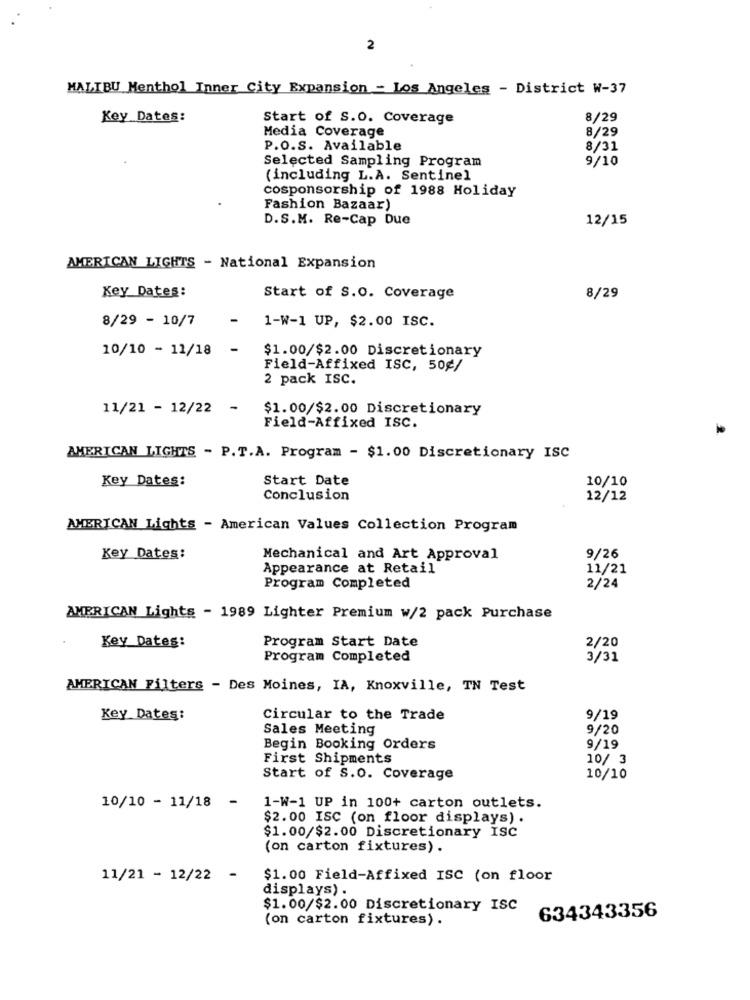
2
MALIBU Menthol Inner City Expansion - Los Angeles - District W-37
Key Dates:
Start of S.O. Coverage
8/29
8/29
Media Coverage
P.O.S. Available
8/31
Selected Sampling Program
9/10
(including L.A. Sentinel
cosponsorship of 1988 Holiday
Fashion Bazaar)
D.S.M. Re-Cap Due
12/15
AMERICAN LIGHTS - National Expansion
Key Dates:
Start of S.O. Coverage
8/29
8/29 - 10/7
-
1-W-1 UP, $2.00 ISC.
10/10 - 11/18
-
$1.00/$2.00 Discretionary
Field-Affixed ISC, 50¢/
2 pack ISC.
11/21 - 12/22
-
$1.00/$2.00 Discretionary
Field-Affixed ISC.
AMERICAN LIGHTS - P. T.A. Program - $1.00 Discretionary ISC
Key Dates:
Start Date
10/10
Conclusion
12/12
AMERICAN Lights - American Values Collection Program
Key Dates:
Mechanical and Art Approval
9/26
Appearance at Retail
11/21
Program Completed
2/24
AMERICAN Lights - 1989 Lighter Premium w/2 pack Purchase
Key Dates:
Program Start Date
2/20
Program Completed
3/31
AMERICAN Filters - Des Moines, IA, Knoxville, TN Test
Key Dates:
Circular to the Trade
9/19
Sales Meeting
9/20
Begin Booking Orders
9/19
First Shipments
10/ 3
Start of S.O. Coverage
10/10
-
10/10 - 11/18
1-W-1 UP in 100+ carton outlets.
$2.00 ISC (on floor displays) .
$1.00/$2.00 Discretionary ISC
(on carton fixtures) .
11/21 - 12/22 -
$1.00 Field-Affixed ISC (on floor
displays) .
$1.00/$2.00 Discretionary ISC
(on carton fixtures) .
634343356